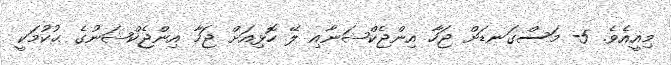
މިއީއެވެ. 5- މަސްގަނޑަށް ޖަހާ އިންޖެކްޝަނާއި ލޭ ހޮޅިއަށް ޖަހާ އިންޖެކްޝަނުގެ ޙުކުމަކީ